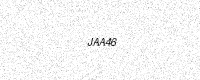
Text: JAA46